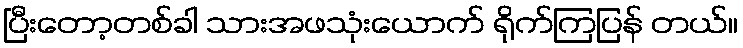
ပြီးတော့တစ်ခါ သားအဖသုံးယောက် ရိုက်ကြပြန် တယ်။